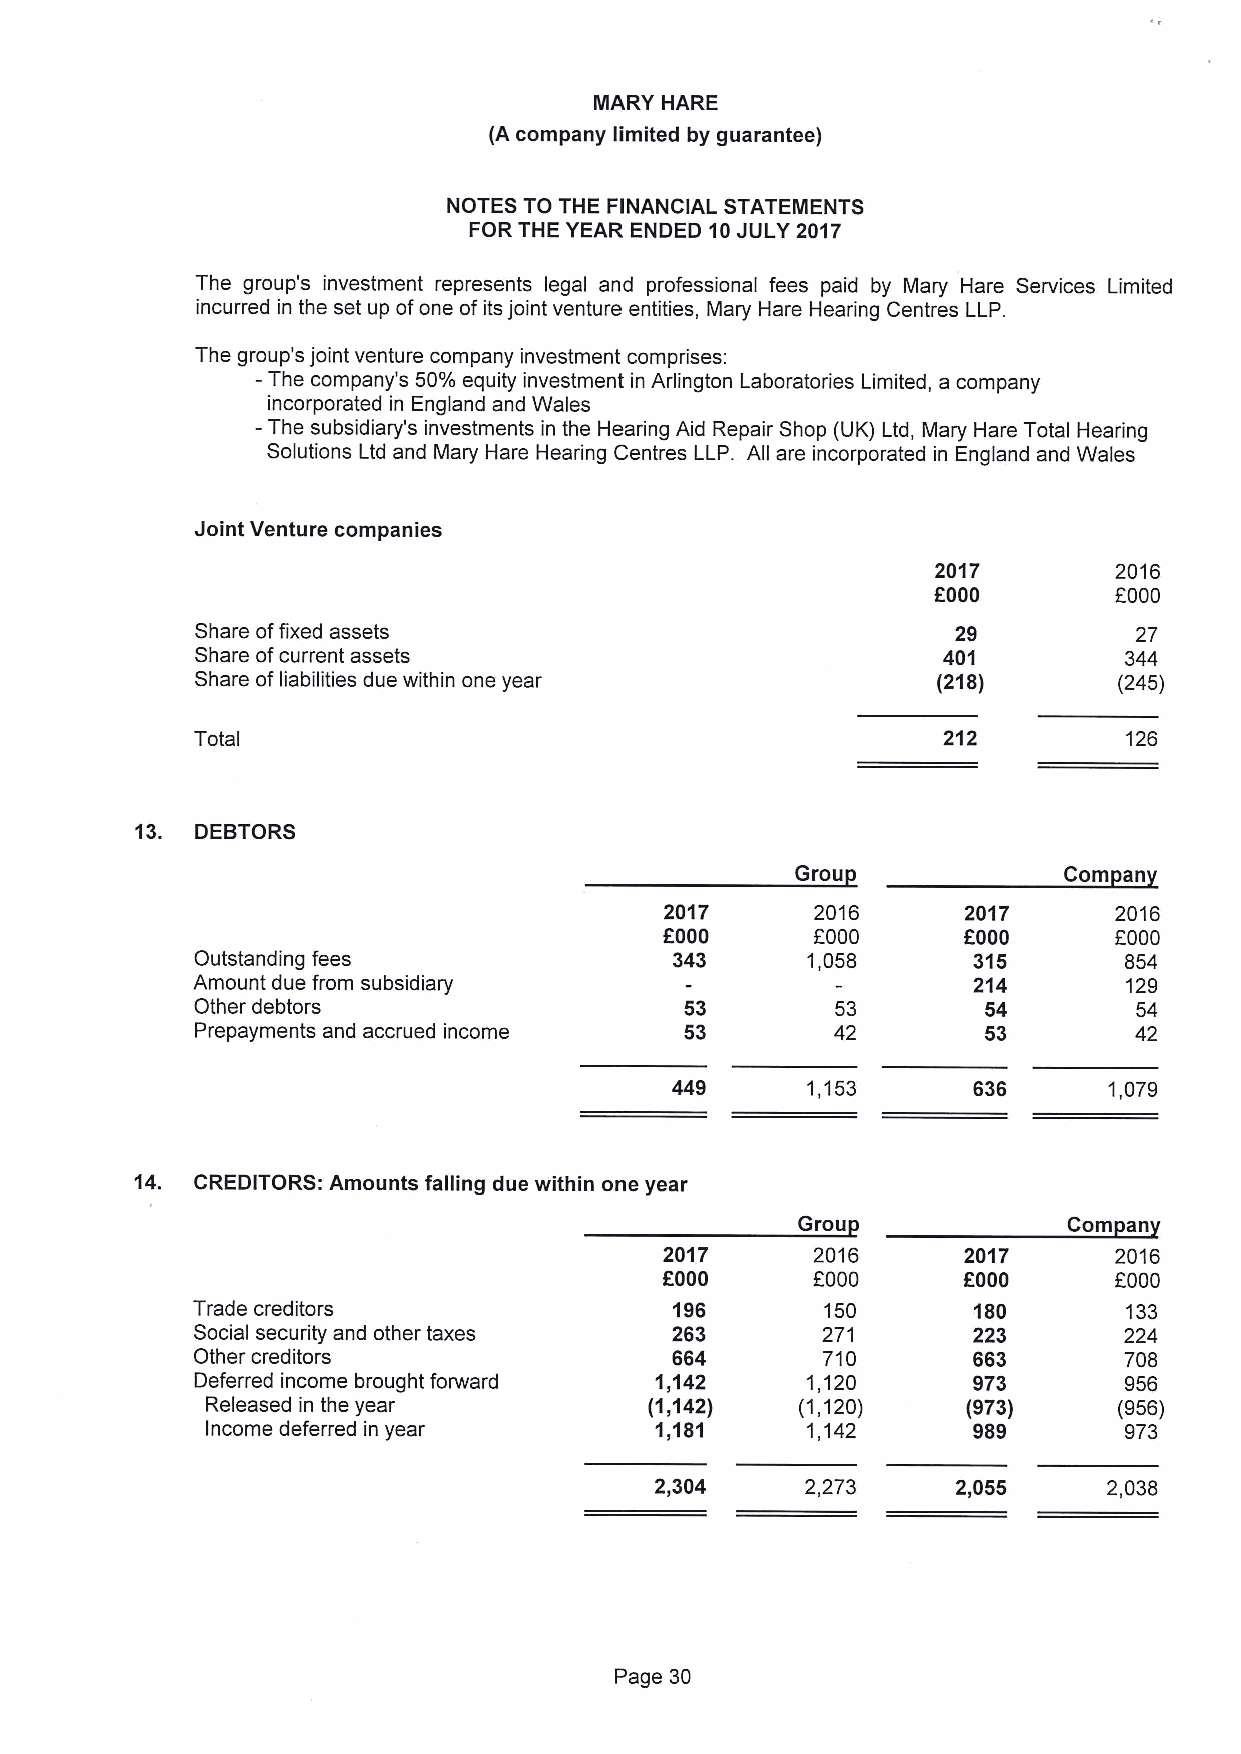
MARY HARE
 (A company limited by guarantee)
 NOTES TO THE FINANCIAL STATEMENTS
 FOR THE YEAR ENDED 10JULY 2017
 The group's investment represents legal and professional fees paid by Mary Hare Services Limited
 incurred in the set up ofone of its joint venture entities, Mary Hare Hearing Centres LLP.
 The group's joint venture company investment comprises:
 —The company's 50%equity investment in Arlington Laboratories Limited, a company
 incorporated in England and Wales
 —The subsidiary's investments in the Hearing Aid Repair Shop (UK) Ltd, Mary Hare Total Hearing
 Solutions Ltd and Mary Hare Hearing Centres LLP. All are incorporated in England and Wales
 Joint Venture companies
 2017        2016
 f000
 FOOO
 Share offixed assets                              29          27
 Share ofcurrent assets                           401         344
 Share ofliabilities due within one year          (218)       (245)
 Total                                            212         126
 13. DEBTORS
 Grou             Com an
 2017      2016      2017      2016
 f000
 FOOO      FOOO      FOOO
 Outstanding fees               343      1,058      315       854
 Amount due from subsidiary                         214       129
 Other debtors                   53        53        54        54
 Prepayments and accrued income  53        42        53        42
 449      1,153      636      1,079
 14. CREDITORS: Amounts falling due within one year
 Grou              Com an
 2017      2016      2017      2016
 FOOO      FOOO      f000      FOOO
 Trade creditors                196        150      180       133
 Social security and other taxes 263      271       223       224
 Other creditors                664       710       663       708
 Deferred income brought forward 1,142   1,120      973       956
 Released in the year         (1,142)   (1,120)    (973)     (956)
 Income deferred in year      1,181     1,142      989       973
 2,304     2,273     2,055     2,038
 Page 30